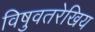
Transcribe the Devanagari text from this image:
विषुवतरेखिय